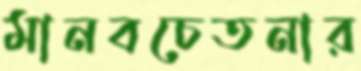
মানবচেতনার